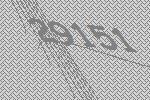
29151